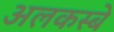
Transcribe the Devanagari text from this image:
अलकस्बे